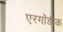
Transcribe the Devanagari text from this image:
एरगॉडीक